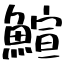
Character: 鰚